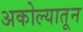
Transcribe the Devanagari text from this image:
अकोल्यातून